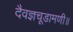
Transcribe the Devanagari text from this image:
दैवज्ञचूडामणी॥